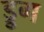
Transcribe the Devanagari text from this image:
ड्रुग